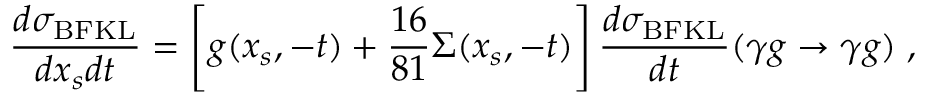
\frac { d \sigma _ { \mathrm { B F K L } } } { d x _ { s } d t } = \left[ g ( x _ { s } , - t ) + \frac { 1 6 } { 8 1 } \Sigma ( x _ { s } , - t ) \right] \frac { d \sigma _ { \mathrm { B F K L } } } { d t } ( \gamma g \to \gamma g ) \; ,